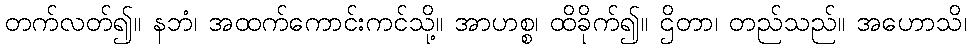
တက်လတ်၍။ နဘံ၊ အထက်ကောင်းကင်သို့။ အာဟစ္စ၊ ထိခိုက်၍။ ဌိတာ၊ တည်သည်။ အဟောသိ၊